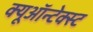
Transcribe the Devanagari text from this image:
क्यूऑन्टेक्स्ट